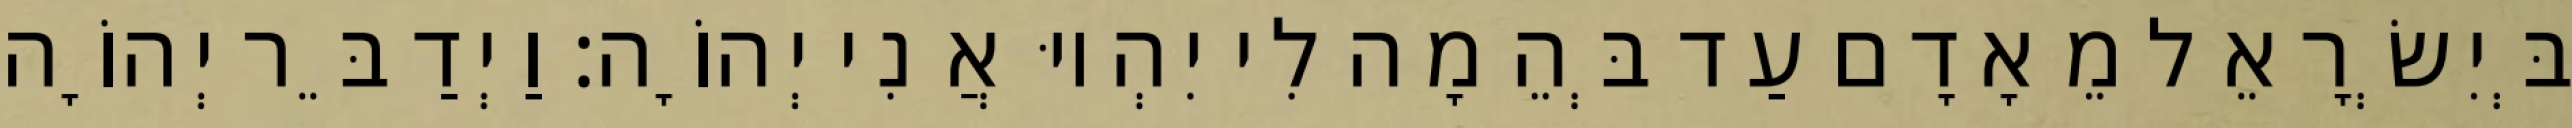
בְּיִשְׂרָאֵל מֵאָדָם עַד בְּהֵמָה לִי יִהְיוּ אֲנִי יְהוָֹה׃ וַיְדַבֵּר יְהוָֹה